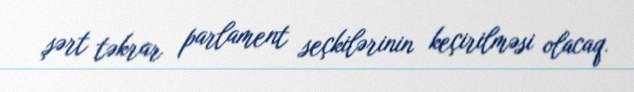
şərt təkrar parlament seçkilərinin keçirilməsi olacaq.